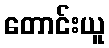
တောင်းယူ